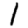
Digit: 1